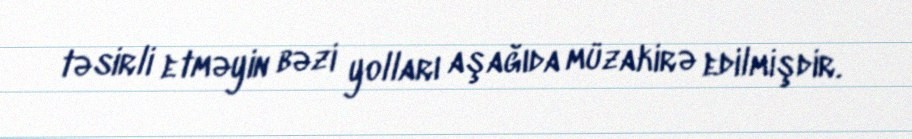
təsirli etməyin bəzi yolları aşağıda müzakirə edilmişdir.